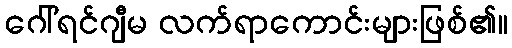
ဂေါ်ရင်ဂျီမ လက်ရာကောင်းများဖြစ်၏။